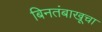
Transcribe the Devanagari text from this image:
बिनतंबाखूचा